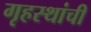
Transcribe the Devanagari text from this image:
गृहस्थांची